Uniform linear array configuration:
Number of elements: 64
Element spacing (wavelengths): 0.5
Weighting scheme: blackman
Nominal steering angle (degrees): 45
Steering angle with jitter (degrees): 46.409
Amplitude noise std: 0.05
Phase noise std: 0.05

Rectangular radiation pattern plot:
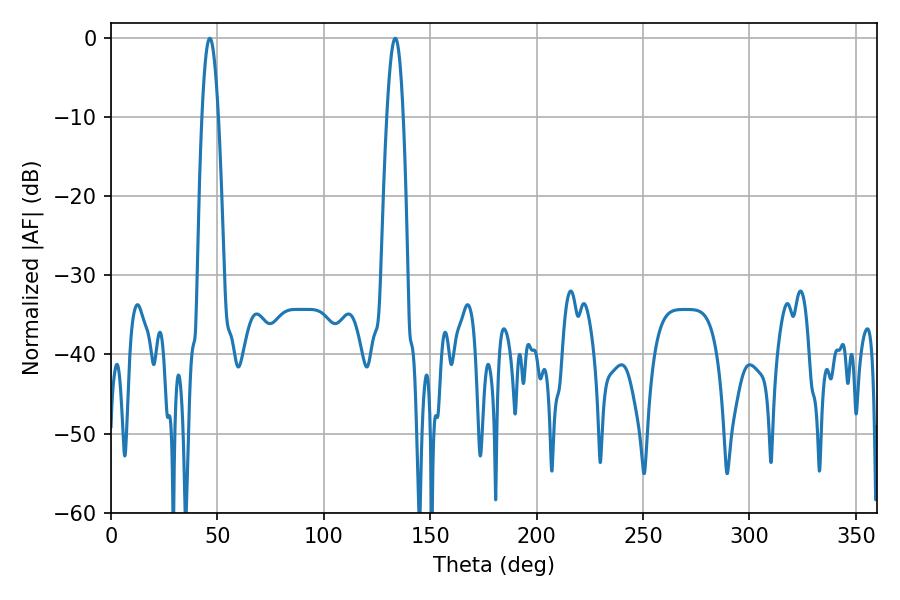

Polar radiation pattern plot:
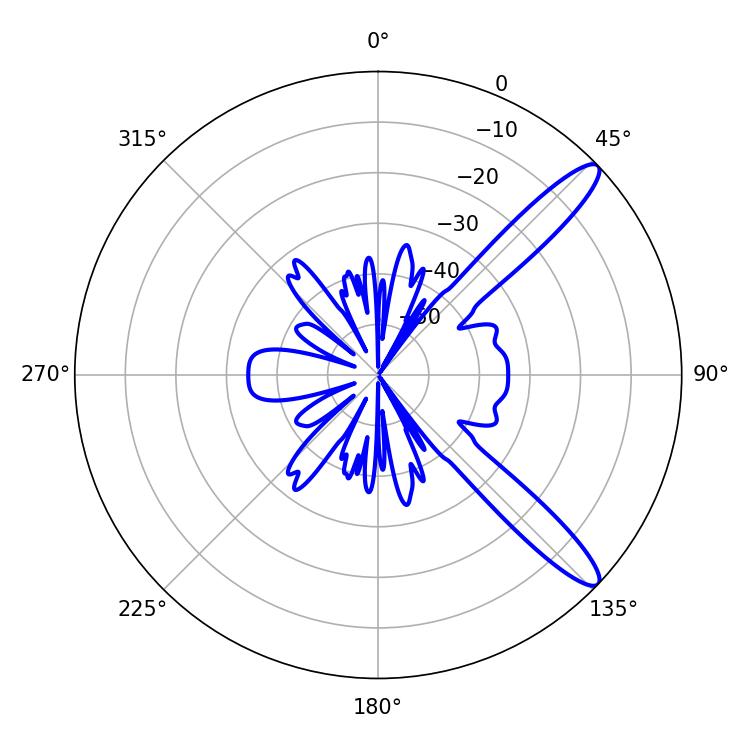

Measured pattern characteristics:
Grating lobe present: FALSE
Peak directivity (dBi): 12.351
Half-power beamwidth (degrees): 4.14
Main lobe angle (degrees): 46.44